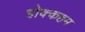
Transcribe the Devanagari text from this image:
होक्कहम